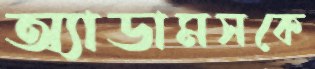
অ্যাডামসকে